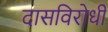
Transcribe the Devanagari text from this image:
दासविरोधी